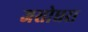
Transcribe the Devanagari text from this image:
जसोधरा